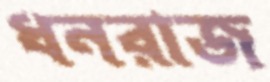
ধনরাজ